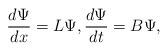
LaTeX: \begin{gather*}\frac{d\Psi}{dx}=L\Psi,\frac{d\Psi}{dt}=B\Psi,\end{gather*}